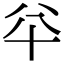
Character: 𠦎